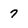
Character: 7